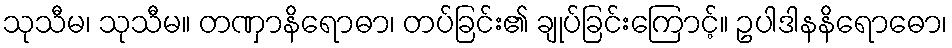
သုသီမ၊ သုသီမ။ တဏှာနိရောဓာ၊ တပ်ခြင်း၏ ချုပ်ခြင်းကြောင့်။ ဥပါဒါနနိရောဓော၊